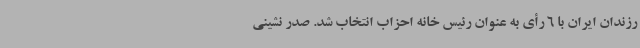
رزندان ایران با 6 رأی به عنوان رئیس خانه احزاب انتخاب شد. صدر نشینی